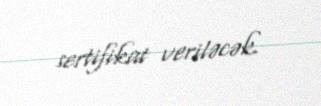
sertifikat veriləcək.